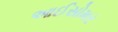
આઈસોમર